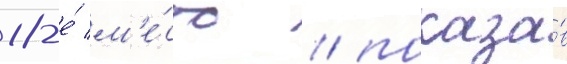
18-е́ м'е́сто / показа́в